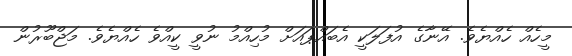
މީހެއް ހެއްޔެވެ. އޭނާގެ އުފަލަކީ އެބައްޕައަށް މުހިއްމު ނުވީ ކީއްވެ ހެއްޔެވެ. މަޖްބޫރުން